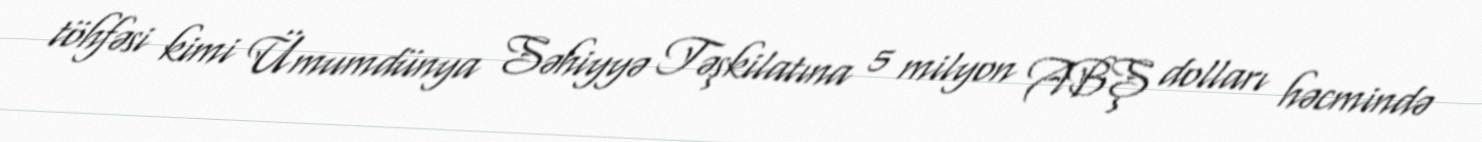
töhfəsi kimi Ümumdünya Səhiyyə Təşkilatına 5 milyon ABŞ dolları həcmində